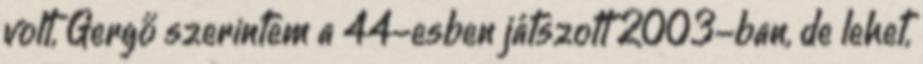
volt, Gergő szerintem a 44-esben játszott 2003-ban, de lehet,